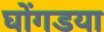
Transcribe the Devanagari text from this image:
घोंगडया